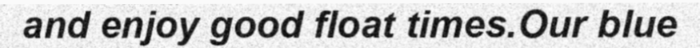
and enjoy good float times.Our blue